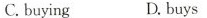
C.buying D.buys